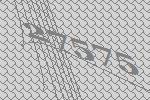
27575